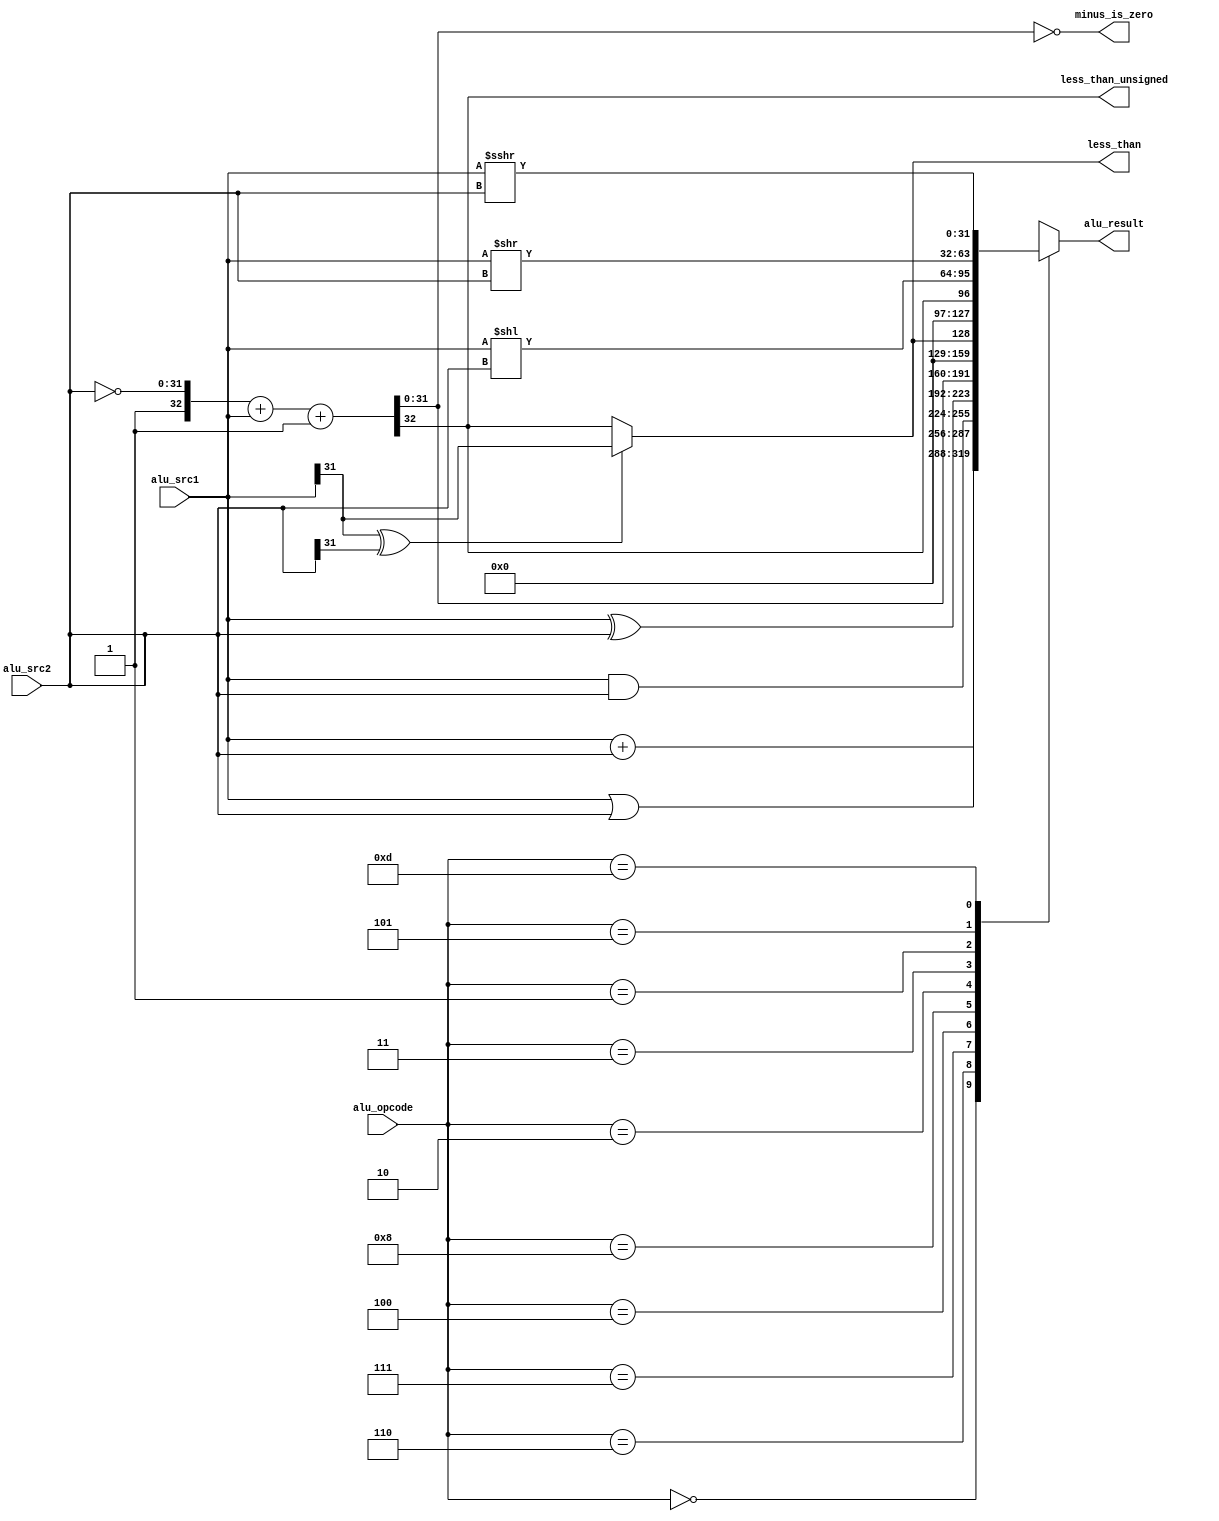

module alu
  (
   alu_src1,
   alu_src2,
   alu_opcode,

   minus_is_zero,
   less_than,
   less_than_unsigned,
   alu_result
   );

   input wire [31:0]       alu_src1;
   input wire [31:0]	   alu_src2;
   input wire [3:0]	   alu_opcode;

   output reg [31:0]	   alu_result;
   output reg		   minus_is_zero;
   output reg		   less_than;
   output reg		   less_than_unsigned;

   reg [32:0]		   alu_minus;

   always @(*)
     begin
	// Use a single 33 bits subtract to do subtraction and all
	// comparitions. Borrowed from (BrunoLevy/learn-fpga), (swapforth/J1)
	alu_minus = {1'b1, ~alu_src2} + {1'b0, alu_src1} + 33'b1;
	less_than = (alu_src1[31] ^ alu_src2[31]) ? alu_src1[31] : alu_minus[32];
	less_than_unsigned = alu_minus[32];
	minus_is_zero = (alu_minus[31:0] == 32'b0);

	alu_result = 32'hx;

	case(alu_opcode)
	  4'b0000:
	    begin
	       alu_result = alu_src1 + alu_src2;
	    end
	  4'b0110:
	    begin
	       alu_result = alu_src1 | alu_src2;
	    end
	  4'b0111:
	    begin
	       alu_result = alu_src1 & alu_src2;
	    end
	  4'b0100:
	    begin
	       alu_result = alu_src1 ^ alu_src2;
	    end
	  4'b1000:
	    begin
	       alu_result = alu_minus[31:0];
	    end
	  4'b0010:
	    begin
	       alu_result = {31'b0, less_than};
	    end
	  4'b0011:
	    begin
	       alu_result = {31'b0, less_than_unsigned};
	    end
	  4'b0001:
	    begin
	       alu_result = alu_src1 << alu_src2;
	    end
	  4'b0101:
	    begin
	       alu_result = alu_src1 >> alu_src2;
	    end
	  4'b1101:
	    begin
	       alu_result = alu_src1 >>> alu_src2;
	    end
	endcase
     end
endmodule